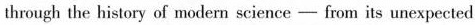
through the history of modern science — from its unexpected